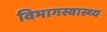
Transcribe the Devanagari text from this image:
विभागस्वास्थ्य